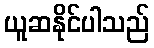
ယူဆနိုင်ပါသည်